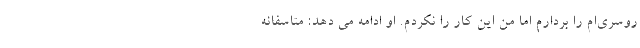
روسری‌ام را بردارم اما من این کار را نکردم. او ادامه می دهد: متاسفانه